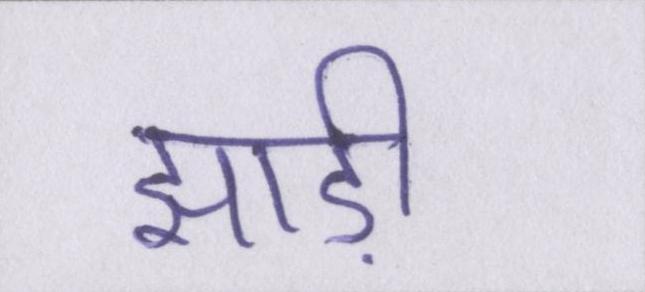
झाड़ी